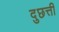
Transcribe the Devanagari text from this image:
दुछत्ती